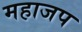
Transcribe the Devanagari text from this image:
महाजप